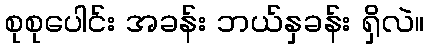
စုစုပေါင်း အခန်း ဘယ်နှခန်း ရှိလဲ။